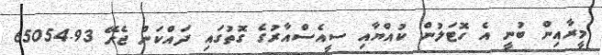
މީރާއިން ބުނީ އެ ހޮޓަލުން ކުއްޔާއި ސީއެސްއާރުގެ ގޮތުގައި ދައްކަން ޖެހޭ 65054.93